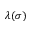
\lambda ( \sigma )